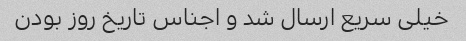
خیلی سریع ارسال شد و اجناس تاریخ روز بودن